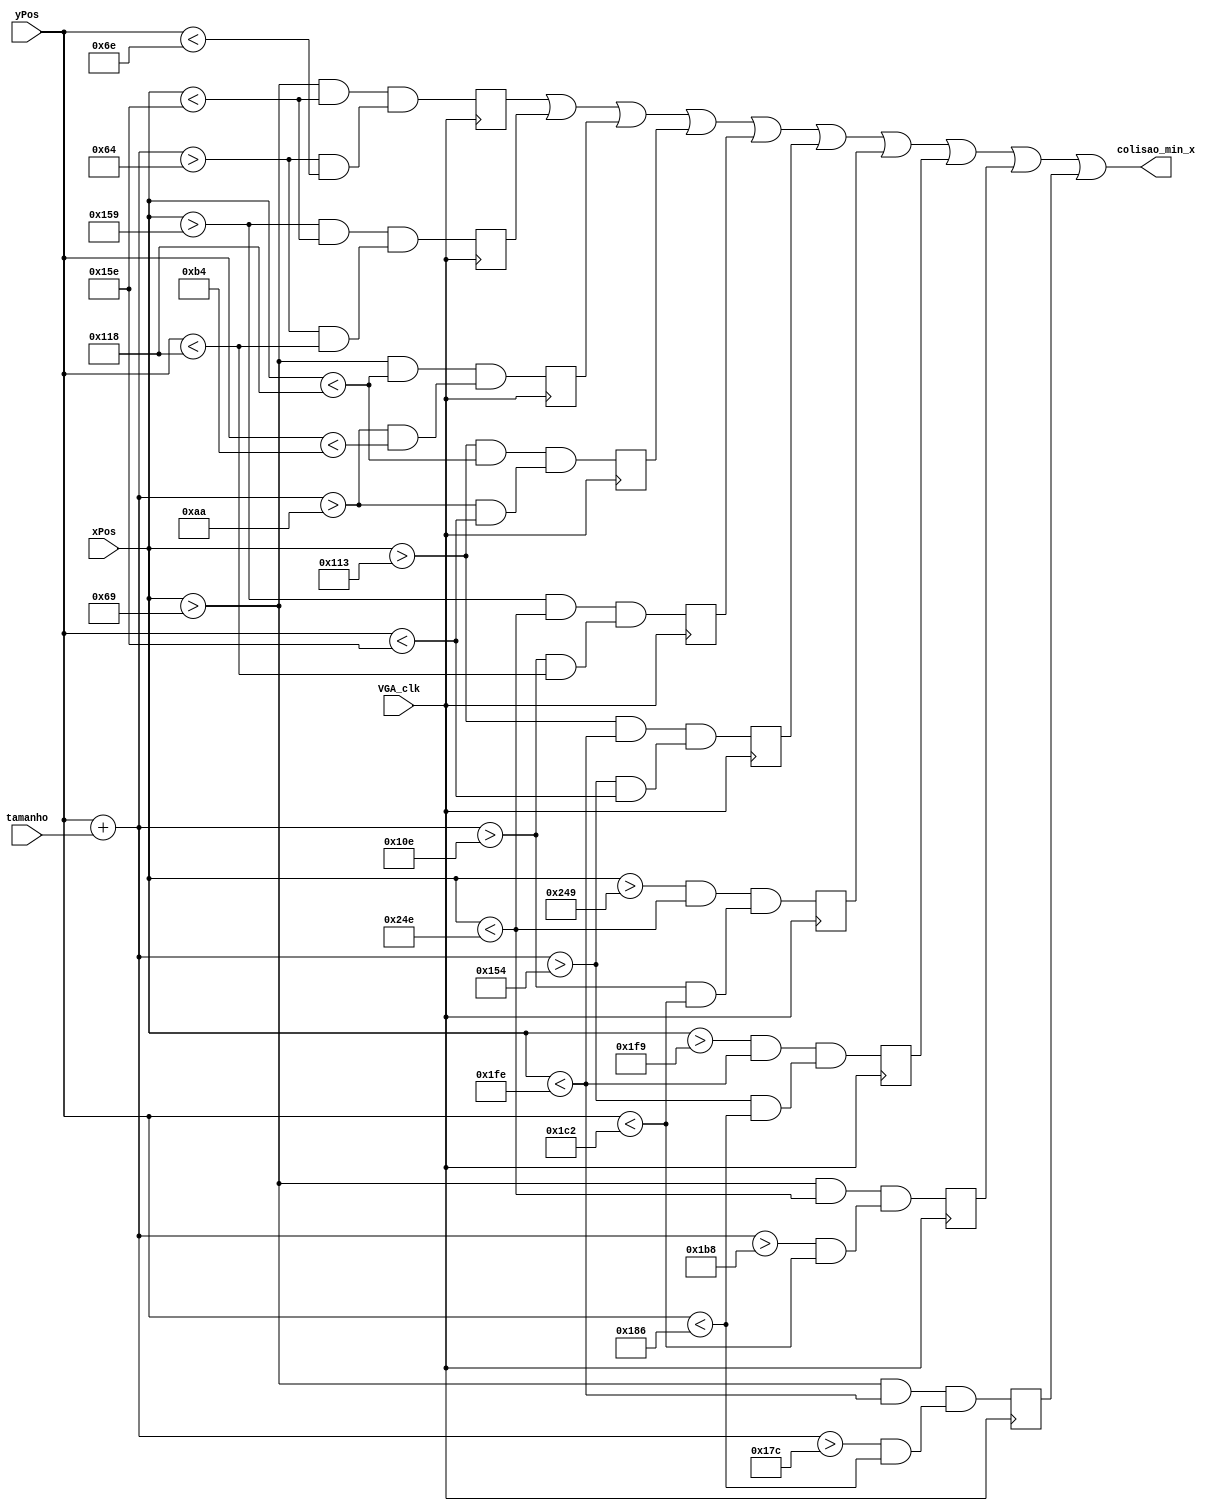
module colide_min_x (
	input VGA_clk,
	input wire [6:0] tamanho,
	input wire [9:0] xPos,
	input wire [8:0] yPos,
	output wire colisao_min_x
);

// maximo keyboard left
	reg colisao_01, colisao_02, colisao_03, colisao_04, colisao_05, colisao_06, colisao_07, colisao_08, colisao_09, colisao_10;

	localparam obstaculo_01_ini_x = 105;
	localparam obstaculo_01_fin_x = 350;
	localparam obstaculo_01_ini_y = 100;
	localparam obstaculo_01_fin_y = 110;

	localparam obstaculo_02_ini_x = 345;
	localparam obstaculo_02_fin_x = 350;
	localparam obstaculo_02_ini_y = 100;
	localparam obstaculo_02_fin_y = 280;
	
	localparam obstaculo_03_ini_x = 105;
	localparam obstaculo_03_fin_x = 280;
	localparam obstaculo_03_ini_y = 170;
	localparam obstaculo_03_fin_y = 180;
	
	localparam obstaculo_04_ini_x = 275;
	localparam obstaculo_04_fin_x = 280;
	localparam obstaculo_04_ini_y = 170;
	localparam obstaculo_04_fin_y = 350;
	
	localparam obstaculo_05_ini_x = 345;
	localparam obstaculo_05_fin_x = 590;
	localparam obstaculo_05_ini_y = 270;
	localparam obstaculo_05_fin_y = 280;
	
	localparam obstaculo_06_ini_x = 275;
	localparam obstaculo_06_fin_x = 510;
	localparam obstaculo_06_ini_y = 340;
	localparam obstaculo_06_fin_y = 350;
	
	localparam obstaculo_07_ini_x = 585;
	localparam obstaculo_07_fin_x = 590;
	localparam obstaculo_07_ini_y = 270;
	localparam obstaculo_07_fin_y = 450;
	
	localparam obstaculo_08_ini_x = 505;
	localparam obstaculo_08_fin_x = 510;
	localparam obstaculo_08_ini_y = 340;
	localparam obstaculo_08_fin_y = 390;
	
	localparam obstaculo_09_ini_x = 105;
	localparam obstaculo_09_fin_x = 590;
	localparam obstaculo_09_ini_y = 440;
	localparam obstaculo_09_fin_y = 450;
	
	localparam obstaculo_10_ini_x = 105;
	localparam obstaculo_10_fin_x = 510;
	localparam obstaculo_10_ini_y = 380;
	localparam obstaculo_10_fin_y = 390;	
	
	always @(negedge VGA_clk)
		begin
			colisao_01 <= (xPos > obstaculo_01_ini_x  && xPos < obstaculo_01_fin_x) && ((yPos + tamanho) > obstaculo_01_ini_y && yPos < obstaculo_01_fin_y);			
			colisao_02 <= (xPos > obstaculo_02_ini_x  && xPos < obstaculo_02_fin_x) && ((yPos + tamanho) > obstaculo_02_ini_y && yPos < obstaculo_02_fin_y);			
			colisao_03 <= (xPos > obstaculo_03_ini_x  && xPos < obstaculo_03_fin_x) && ((yPos + tamanho) > obstaculo_03_ini_y && yPos < obstaculo_03_fin_y);			
			colisao_04 <= (xPos > obstaculo_04_ini_x  && xPos < obstaculo_04_fin_x) && ((yPos + tamanho) > obstaculo_04_ini_y && yPos < obstaculo_04_fin_y);			
			colisao_05 <= (xPos > obstaculo_05_ini_x  && xPos < obstaculo_05_fin_x) && ((yPos + tamanho) > obstaculo_05_ini_y && yPos < obstaculo_05_fin_y);			
			colisao_06 <= (xPos > obstaculo_06_ini_x  && xPos < obstaculo_06_fin_x) && ((yPos + tamanho) > obstaculo_06_ini_y && yPos < obstaculo_06_fin_y);			
			colisao_07 <= (xPos > obstaculo_07_ini_x  && xPos < obstaculo_07_fin_x) && ((yPos + tamanho) > obstaculo_07_ini_y && yPos < obstaculo_07_fin_y);			
			colisao_08 <= (xPos > obstaculo_08_ini_x  && xPos < obstaculo_08_fin_x) && ((yPos + tamanho) > obstaculo_08_ini_y && yPos < obstaculo_08_fin_y);			
			colisao_09 <= (xPos > obstaculo_09_ini_x  && xPos < obstaculo_09_fin_x) && ((yPos + tamanho) > obstaculo_09_ini_y && yPos < obstaculo_09_fin_y);			
			colisao_10 <= (xPos > obstaculo_10_ini_x  && xPos < obstaculo_10_fin_x) && ((yPos + tamanho) > obstaculo_10_ini_y && yPos < obstaculo_10_fin_y);
		end

	assign colisao_min_x = colisao_01 ||
								  colisao_02 ||
								  colisao_03 ||
								  colisao_04 ||
								  colisao_05 ||
								  colisao_06 ||
								  colisao_07 ||
								  colisao_08 ||
								  colisao_09 ||
								  colisao_10;

endmodule